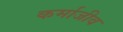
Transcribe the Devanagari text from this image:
कर्माजीव